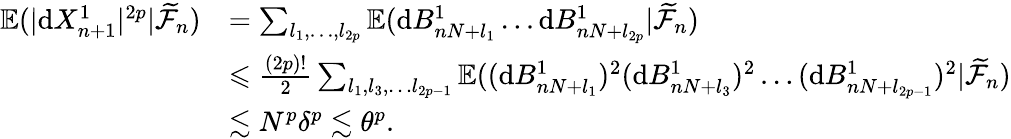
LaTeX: \begin{array}{rl}{\mathbb{E}(|\mathrm{d}X_{n+1}^{1}|^{2p}|\widetilde{\mathcal{F}}_{n})}&{=\sum_{l_{1},\ldots,l_{2p}}\mathbb{E}(\mathrm{d}B_{nN+l_{1}}^{1}\ldots\mathrm{d}B_{nN+l_{2p}}^{1}|\widetilde{\mathcal{F}}_{n})}\\ &{\leqslant\frac{(2p)!}{2}\sum_{l_{1},l_{3},\ldots l_{2p-1}}\mathbb{E}((\mathrm{d}B_{nN+l_{1}}^{1})^{2}(\mathrm{d}B_{nN+l_{3}}^{1})^{2}\ldots(\mathrm{d}B_{nN+l_{2p-1}}^{1})^{2}|\widetilde{\mathcal{F}}_{n})}\\ &{\lesssim N^{p}\delta^{p}\lesssim\theta^{p}.}\end{array}